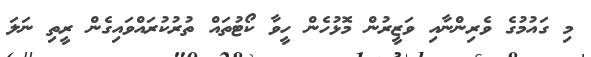
މި ގައުމުގެ ވެރިންނާއި ވަޒީރުން މޮޅުހެން ހީވާ ކޯޓުތައް ތުރުކުރައްވައިގެން ރީތި ނަލަ